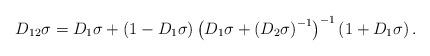
LaTeX: \begin{align*}D_{12}\sigma=D_{1}\sigma+\left( 1-D_{1}\sigma\right) \left(D_{1}\sigma+\left( D_{2}\sigma\right) ^{-1}\right) ^{-1}\left(1+D_{1}\sigma\right) .\end{align*}